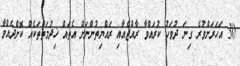
30 އަހަރަށްވުރެ ގިނަ ދުވަހު ކުރައްވާ ރާއްޖެއާއި ރައްޔިތުންނަށް އެތައް ޚިދުމަތްތަކެއް ކޮށްދެއްވާ